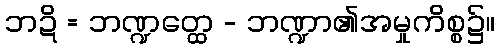
ဘဍိ = ဘဏ္ဍတ္ထေ - ဘဏ္ဍာ၏အမှုကိစ္စ၌။